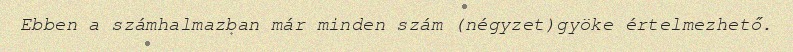
Ebben a számhalmazban már minden szám (négyzet)gyöke értelmezhető.